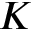
K